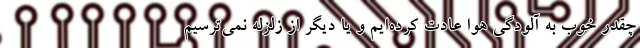
چقدر خوب به آلودگی هوا عادت کرده‌ایم و یا دیگر از زلزله نمی‌ترسیم